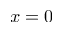
x = 0